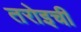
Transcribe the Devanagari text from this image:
तरोइची